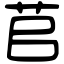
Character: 苢